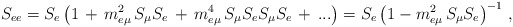
\begin{align*} S_{ee} = S_e\left(1\,+\,m_{e\mu}^2 \,S_\mu S_e \,+\, m_{e\mu}^4 \,S_\mu S_e S_\mu S_e \,+\, ...\right) = S_e\left(1 - m_{e\mu}^2 \,S_\mu S_e \right)^{-1}\,,\end{align*}